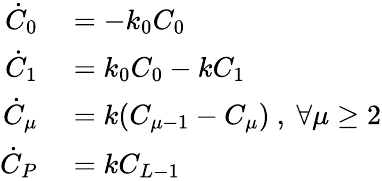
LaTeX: \begin{array}{rl}{\dot{C}_{0}}&{{}=-k_{0}C_{0}}\\ {\dot{C}_{1}}&{{}=k_{0}C_{0}-kC_{1}}\\ {\dot{C}_{\mu}}&{{}=k(C_{\mu-1}-C_{\mu})\ ,\ \forall\mu\geq 2}\\ {\dot{C}_{P}}&{{}=kC_{L-1}}\end{array}